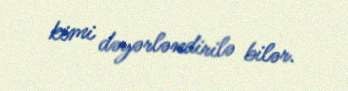
kimi dəyərləndirilə bilər.